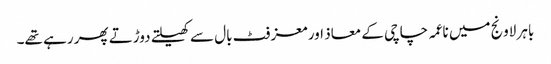
باہر لاونج میں ناعمہ چاچی کے معاذ اور معز فٹ بال سے کھیلتے دوڑتے پھر رہے تھے۔